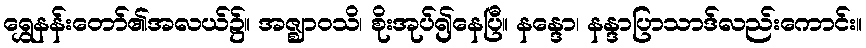
ရွှေနန်းတော်၏အလယ်၌။ အဇ္ဈာဝသိ၊ စိုးအုပ်၍နေပြီ။ နန္ဒော၊ နန္ဒာပြာသာဒ်လည်းကောင်း။